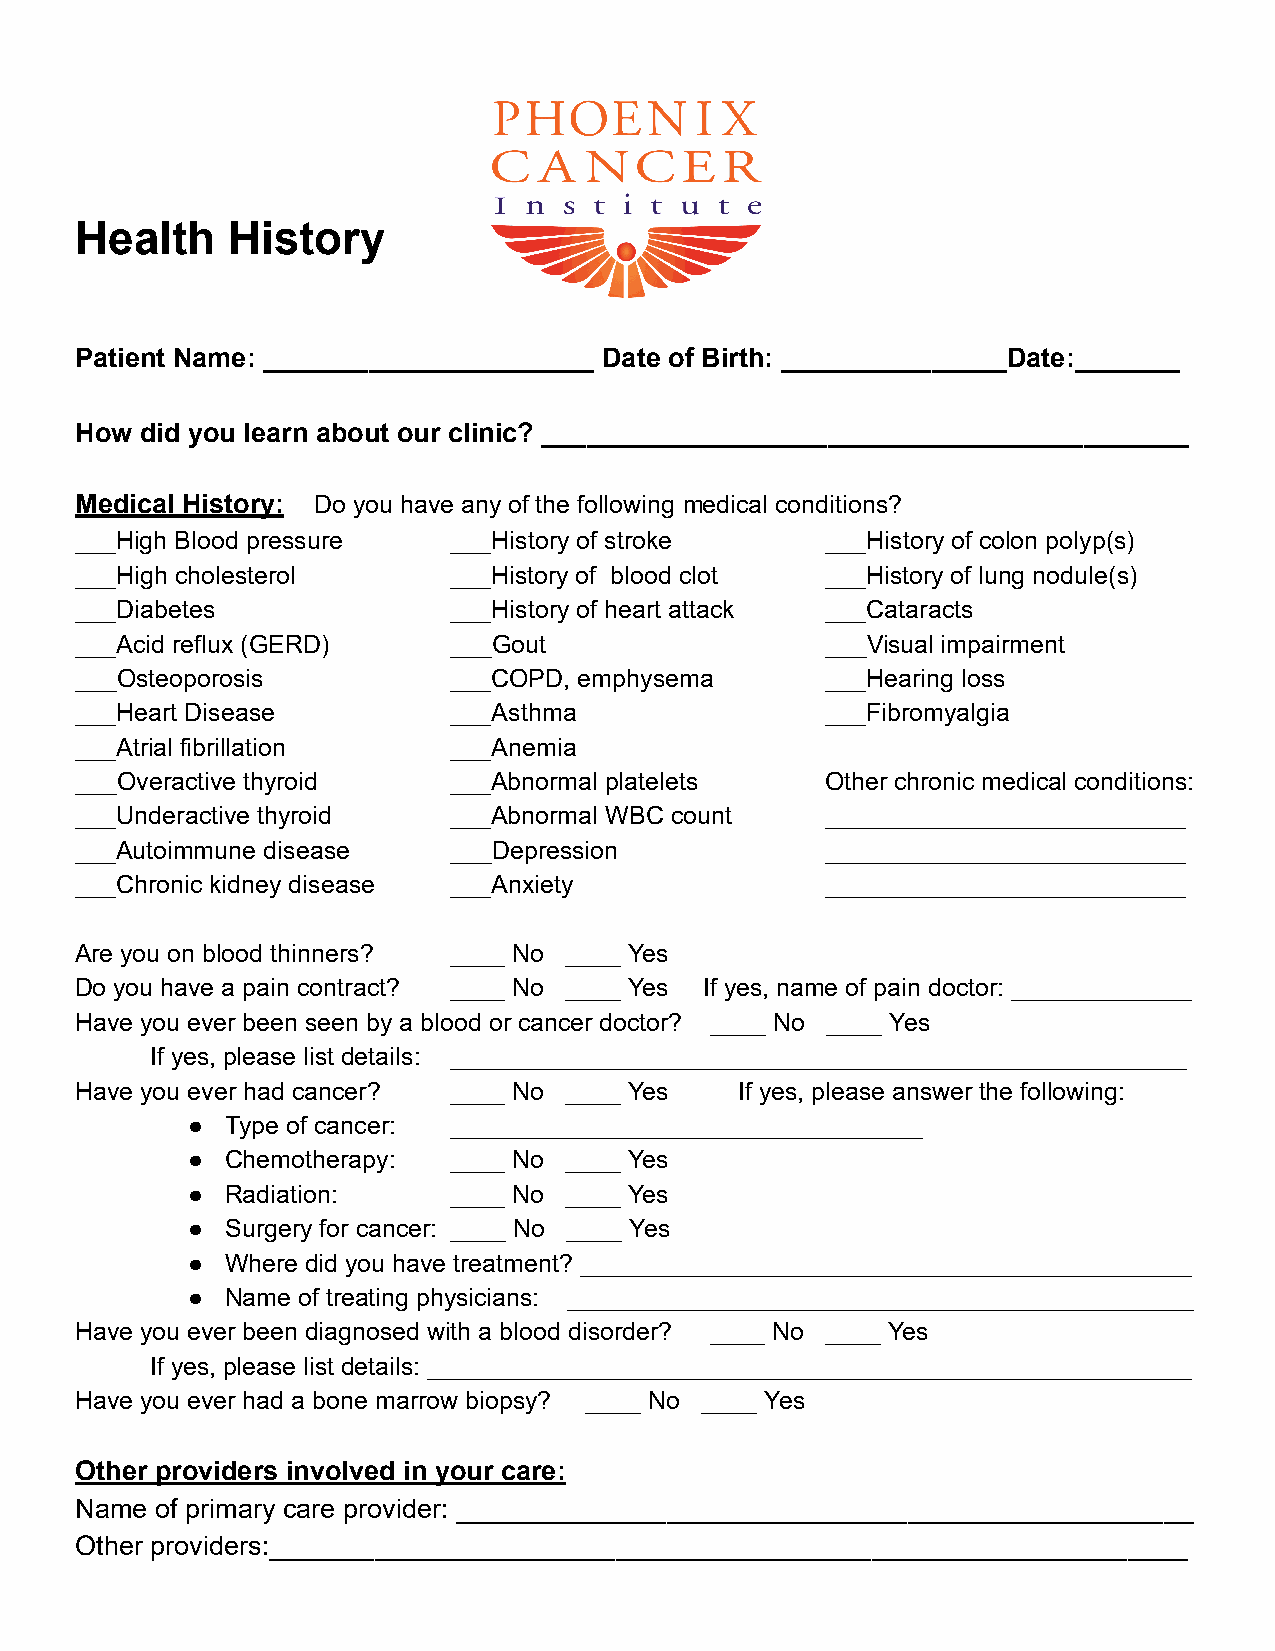
Health    History
 Patient Name: ______________________ Date of Birth: _______________Date:_______
 How did you learn about our clinic? ___________________________________________
 Medical History: Do you have any of the following medical conditions?
 ___High Blood pressure   ___History of stroke     ___History of colon polyp(s)
 ___High cholesterol      ___History of blood clot ___History of lung nodule(s)
 ___Diabetes              ___History of heart attack ___Cataracts
 ___Acid reflux (GERD)    ___Gout                  ___Visual impairment
 ___Osteoporosis          ___COPD, emphysema       ___Hearing loss
 ___Heart Disease         ___Asthma                ___Fibromyalgia
 ___Atrial fibrillation   ___Anemia
 ___Overactive thyroid    ___Abnormal platelets    Other chronic medical conditions:
 ___Underactive thyroid   ___Abnormal WBC count    __________________________
 ___Autoimmune disease    ___Depression            __________________________
 ___Chronic kidney disease ___Anxiety              __________________________
 Are you on blood thinners? ____ No ____ Yes
 Do you have a pain contract? ____ No ____ Yes If yes, name of pain doctor: _____________
 Have you ever been seen by a blood or cancer doctor? ____ No ____ Yes
 If yes, please list details: _____________________________________________________
 Have you ever had cancer? ____ No ____ Yes  If yes, please answer the following:
 ●  Type of cancer: __________________________________
 ●  Chemotherapy:  ____ No ____ Yes
 ●  Radiation:     ____ No ____ Yes
 ●  Surgery for cancer: ____ No ____ Yes
 ●  Where did you have treatment? ____________________________________________
 ●  Name of treating physicians: _____________________________________________
 Have you ever been diagnosed with a blood disorder? ____ No ____ Yes
 If yes, please list details: _______________________________________________________
 Have you ever had a bone marrow biopsy? ____ No ____ Yes
 Other providers involved in your care:
 Name of primary care provider: _________________________________________________
 Other providers:_____________________________________________________________